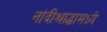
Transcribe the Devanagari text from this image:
नांदीश्राद्धामध्ये